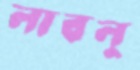
লাবলু